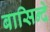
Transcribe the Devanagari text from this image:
बासिन्दे